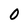
Character: 0